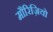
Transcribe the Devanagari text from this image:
मौरिज़ियो